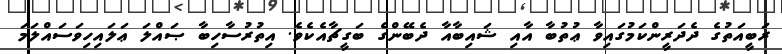
ރަބީއަތުގެ ދެދަރީންކަމުގައިވާ ޢުތުބާ އާއި ޝައިބާއާ ދެބޭންގެ ބަގީޗާއެކެވެ. އިތުރުސާހިބާ ޞައްލަ ޢަލައިހިވަސައްލަމަ